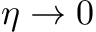
\eta \to 0